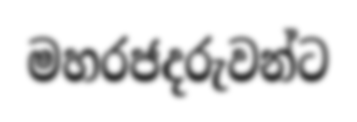
මහරජදරුවන්ට